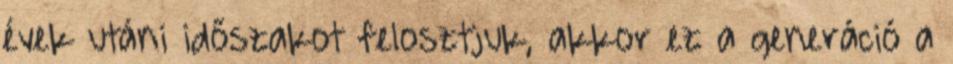
évek utáni időszakot felosztjuk, akkor ez a generáció a